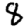
Digit: 8